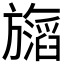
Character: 𬀝